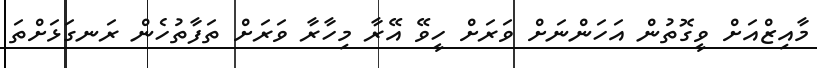
މާއިޒްއަށް ވީގޮތުން އަހަންނަށް ވަރަށް ހީވޭ އޭރާ މިހާރާ ވަރަށް ތަފާތުހެން ރަނގަޅަށްތަ